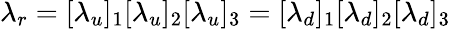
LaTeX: \lambda_{r}=[\lambda_{u}]_{1}[\lambda_{u}]_{2}[\lambda_{u}]_{3}=[\lambda_{d}]_{1}[\lambda_{d}]_{2}[\lambda_{d}]_{3}